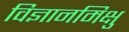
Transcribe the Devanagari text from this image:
विज्ञानमिक्षु